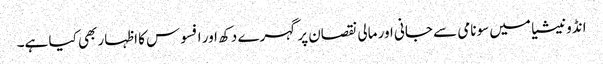
انڈونیشیا میں سونامی سے جانی اور مالی نقصان پر گہرے دکھ اور افسوس کا اظہار بھی کیا ہے۔